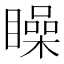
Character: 矂